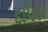
દપિડા